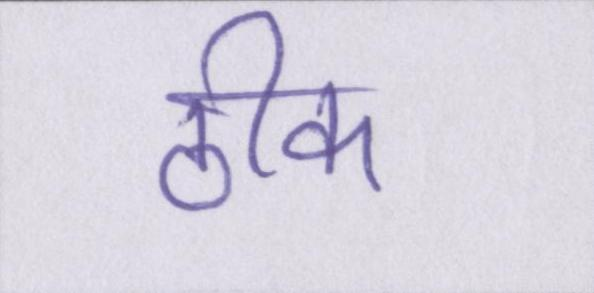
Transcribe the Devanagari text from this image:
ठीक